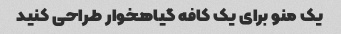
یک منو برای یک کافه گیاهخوار طراحی کنید